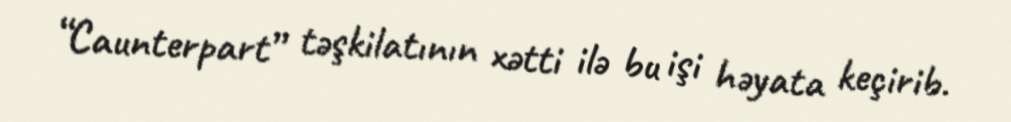
“Caunterpart” təşkilatının xətti ilə bu işi həyata keçirib.